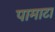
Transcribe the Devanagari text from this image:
पामाटा